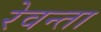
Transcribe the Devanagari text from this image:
रेवन्ता